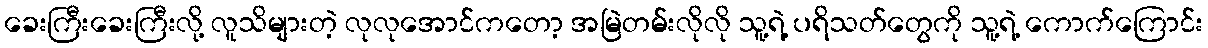
ခေးကြီးခေးကြီးလို့ လူသိများတဲ့ လုလုအောင်ကတော့ အမြဲတမ်းလိုလို သူ့ရဲ့ ပရိသတ်တွေကို သူ့ရဲ့ ကောက်ကြောင်း